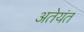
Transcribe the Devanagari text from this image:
अतेयंत